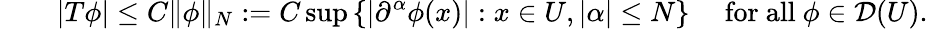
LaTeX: \qquad|T\phi|\leq C\| \phi\| _{N}:=C\operatorname*{sup}\left\{ \left|\partial^{\alpha}\phi(x)\right|:x\in U,|\alpha|\leq N\right\} \quad{\mathrm{~for~all~}}\phi\in{\mathcal{D}}(U).